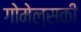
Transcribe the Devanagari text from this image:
गोमेल्सकी